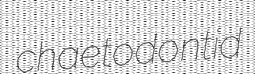
chaetodontid